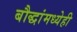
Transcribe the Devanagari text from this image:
बौद्धांमध्येही